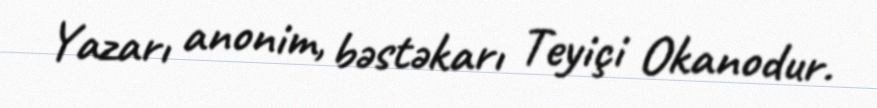
Yazarı anonim, bəstəkarı Teyiçi Okanodur.